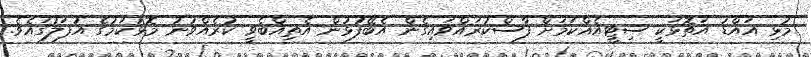
މުޅި އައްޑު އަތޮޅަކީ ސިޓީއެއްކަމަށް ފާސްކުރައްވައިގެން އެބޭފުޅުން އެތިއްބެވީ ކުރެއްވުނު މޮޅުކަމުގެ އުފަލުގައެވެ.